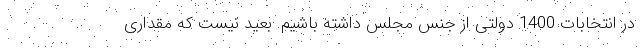
در انتخابات 1400 دولتی از جنس مجلس داشته باشیم. بعید نیست که مقداری